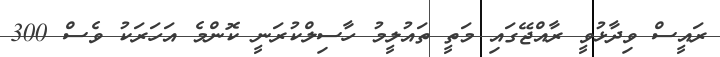
ރައީސް ވިދާޅުވީ ރާއްޖޭގައި މަތީ ތައުލީމު ހާސިލްކުރަނީ ކޮންމެ އަހަރަކު ވެސް 300